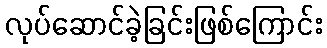
လုပ်ဆောင်ခဲ့ခြင်းဖြစ်ကြောင်း